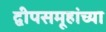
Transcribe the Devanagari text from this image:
द्वीपसमूहांच्या